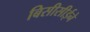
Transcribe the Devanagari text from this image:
बिसीसीईने